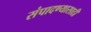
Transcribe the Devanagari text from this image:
संपादण्यासाठी